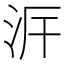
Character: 𣳙